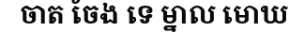
ចាត ចែង ទេ ម្នាល មោឃ